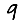
Digit: 9